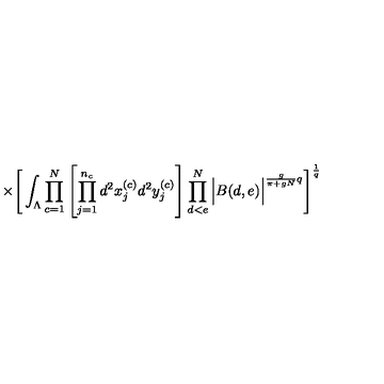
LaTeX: \times \Bigg [ \int _ { \Lambda } \prod _ { c = 1 } ^ { N } \left[ \prod _ { j = 1 } ^ { n _ { c } } d ^ { 2 } x _ { j } ^ { ( c ) } d ^ { 2 } y _ { j } ^ { ( c ) } \right] \prod _ { d < e } ^ { N } \Big | B ( d , e ) \Big | ^ { \frac { g } { \pi + g N } q } \Bigg ] ^ { \frac { 1 } { q } }